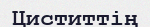
Циститтің